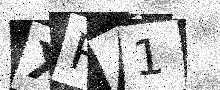
Text: XR41